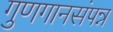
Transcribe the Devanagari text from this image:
गुणगानसंपन्न